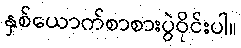
နှစ်ယောက်စာစားပွဲဝိုင်းပါ။